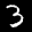
Label: 3